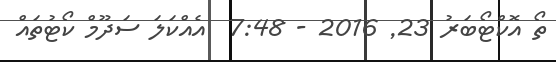
ތޯ އޮކްޓޯބަރު 23